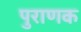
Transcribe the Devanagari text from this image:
पुराणक